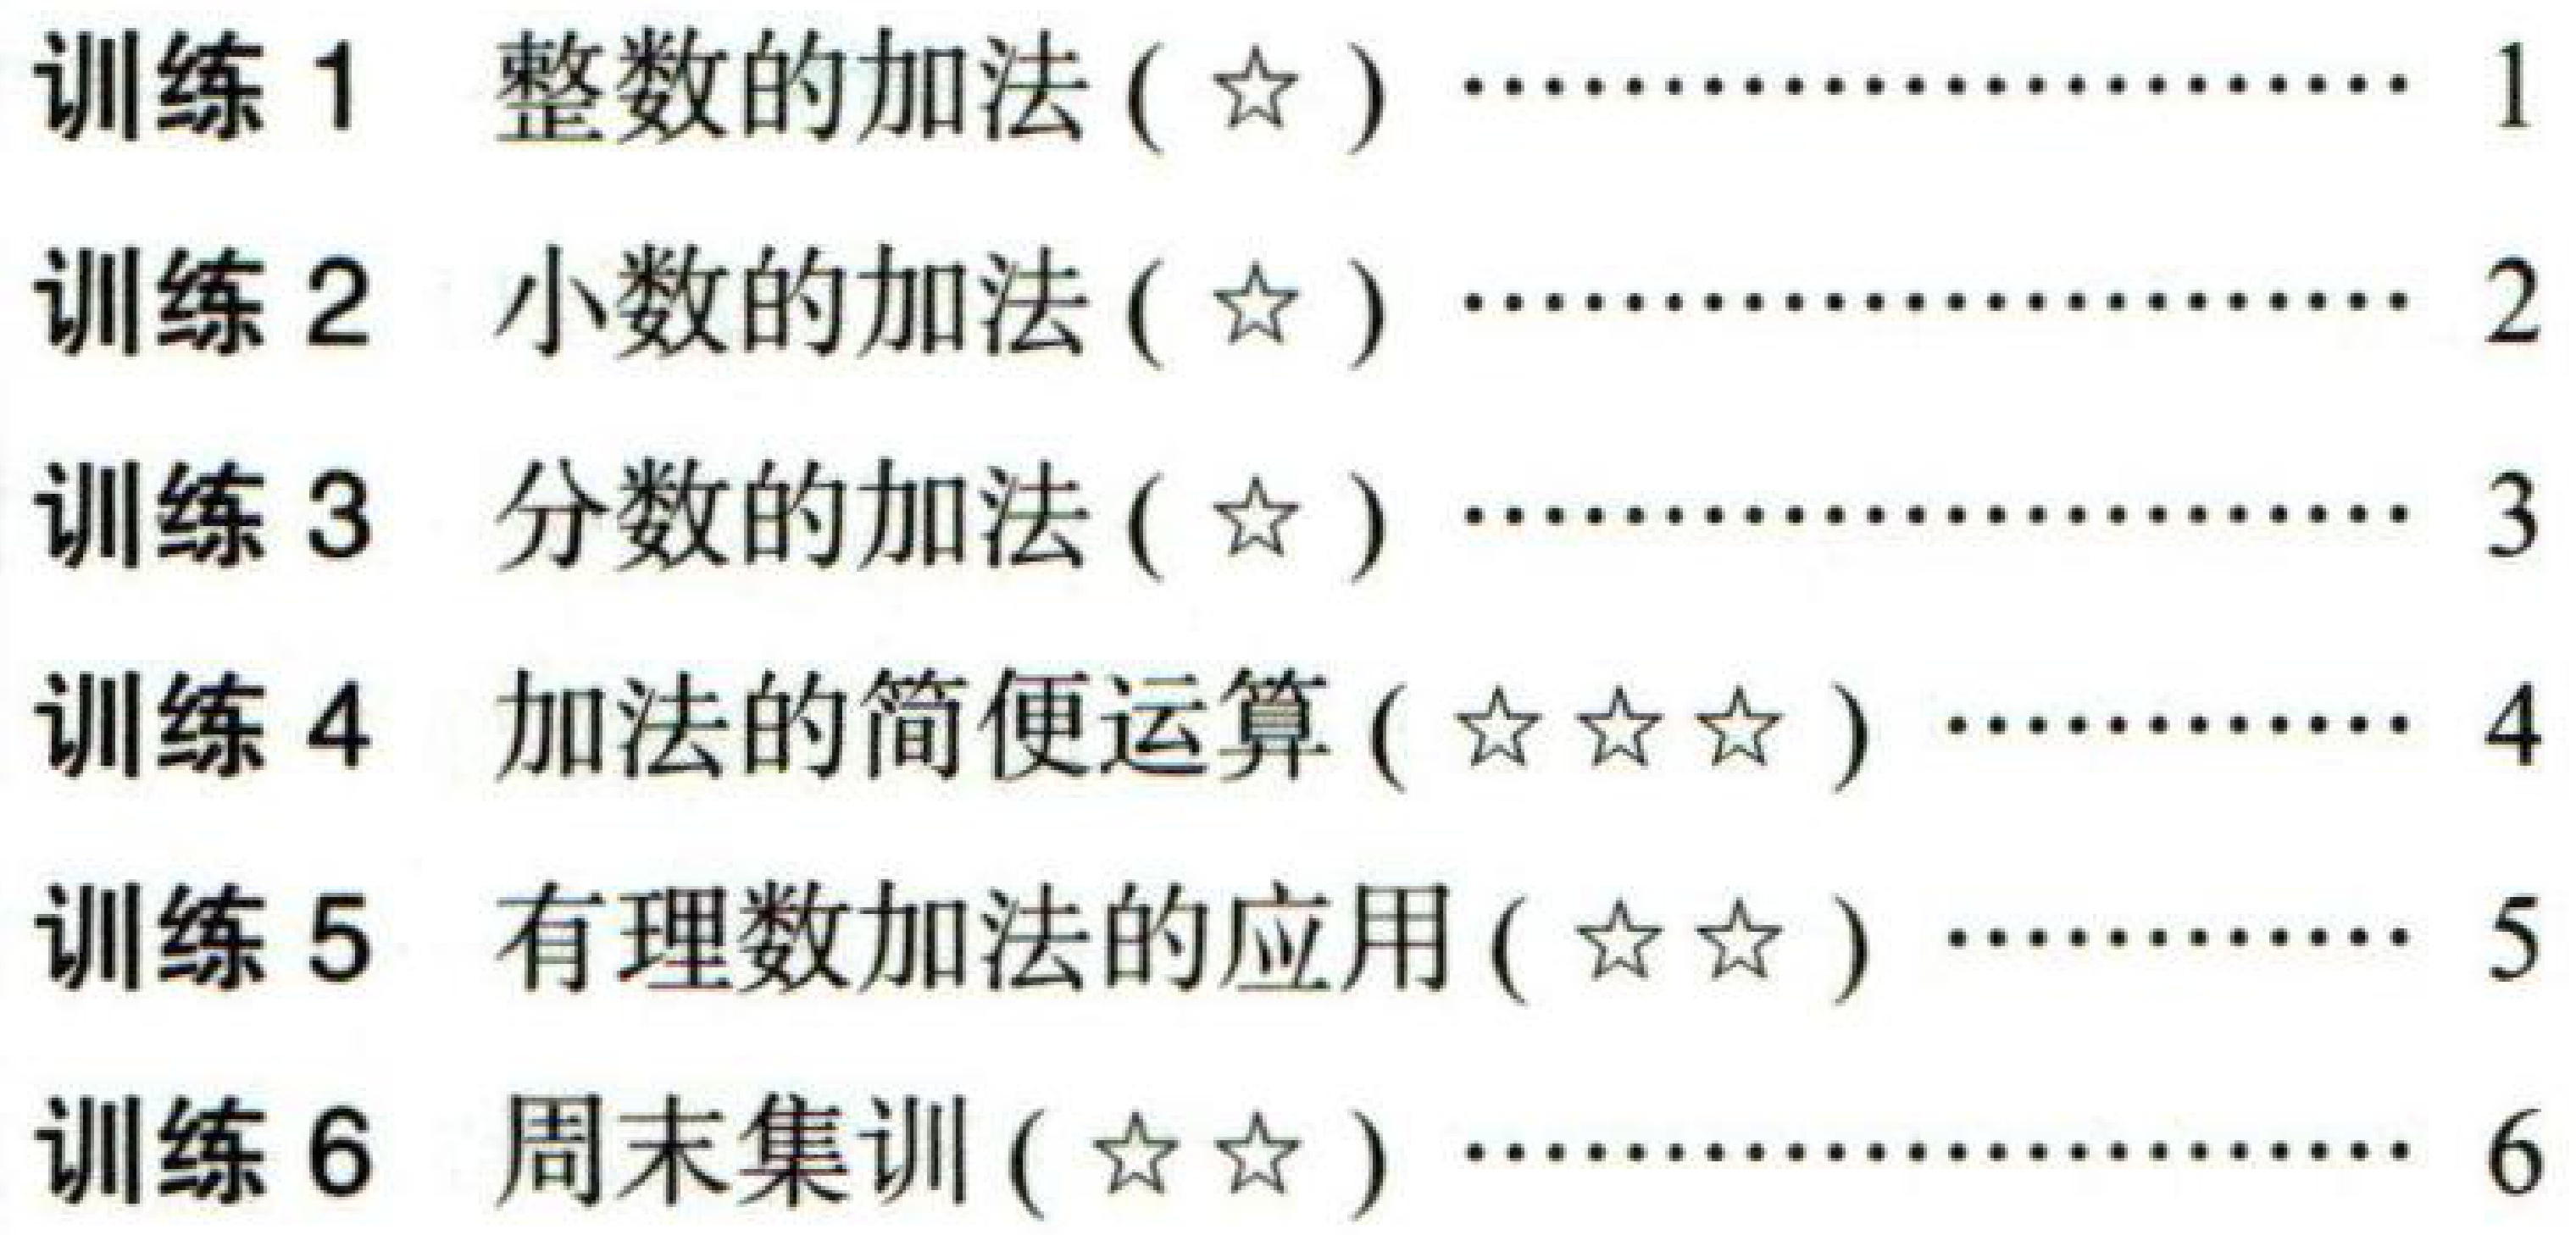
\begin{enumerate}
\item 训练 1 整数的加法 ($\star$) \hfill 1
\item 训练 2 小数的加法 ($\star$) \hfill 2
\item 训练 3 分数的加法 ($\star$) \hfill 3
\item 训练 4 加法的简便运算 ($\star\star\star$) \hfill 4
\item 训练 5 有理数加法的应用 ($\star\star$) \hfill 5
\item 训练 6 周末集训 ($\star\star$) \hfill 6
\end{enumerate}